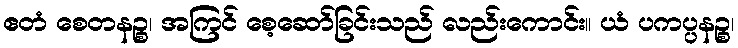
ဧတံ စေတနဉ္စ၊ အကြင် စေ့ဆော်ခြင်းသည် လည်းကောင်း။ ယံ ပကပ္ပနဉ္စ၊